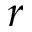
r